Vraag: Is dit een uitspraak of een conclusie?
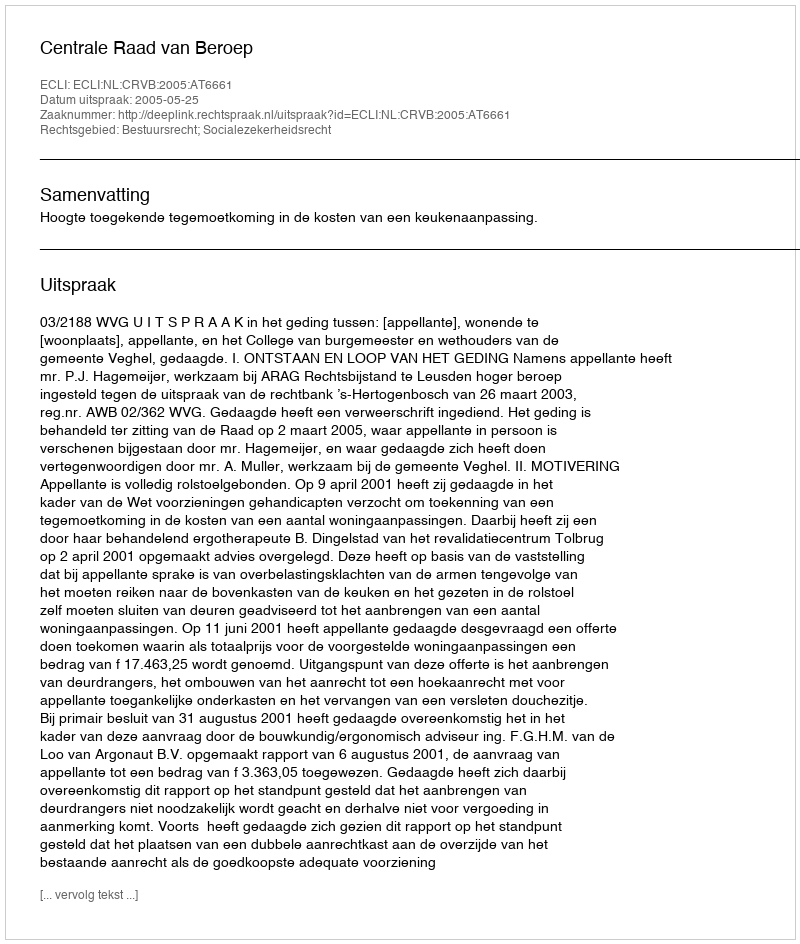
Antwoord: Uitspraak